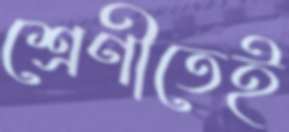
শ্রেণীতেই